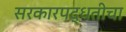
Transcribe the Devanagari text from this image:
सरकारपद्धतीचा